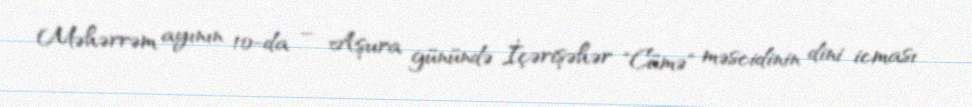
Məhərrəm ayının 10-da – Aşura günündə İçərişəhər "Cümə" məscidinin dini icması